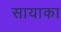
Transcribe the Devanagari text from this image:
सायाका